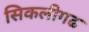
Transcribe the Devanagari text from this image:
सिकलीगढ